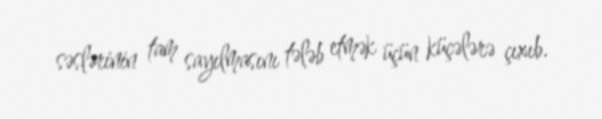
səslərinin tam sayılmasını tələb etmək üçün küçələrə çıxıb.